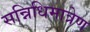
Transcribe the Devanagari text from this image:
सन्निधिमात्रेण